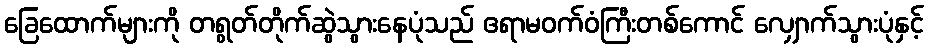
ခြေထောက်များကို တရွတ်တိုက်ဆွဲသွားနေပုံသည် ဧရာမဝက်ဝံကြီးတစ်ကောင် လျှောက်သွားပုံနှင့်